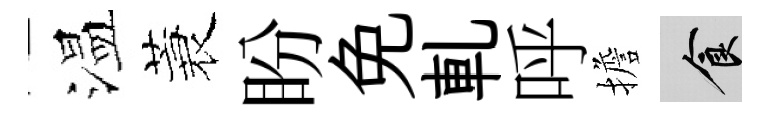
温蓑盼免軋呼擔食